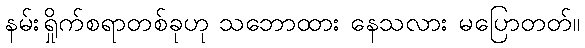
နမ်းရှိုက်စရာတစ်ခုဟု သဘောထား နေသလား မပြောတတ်။